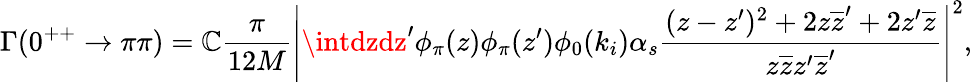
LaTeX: \Gamma(0^{++}\rightarrow\pi\pi)=\mathbb{C}\frac{{\pi}}{{12M}}\left|\intdzdz^{\prime}\phi_{\pi}(z)\phi_{\pi}(z^{\prime})\phi_{0}(k_{i})\alpha_{s}\frac{{(z-z^{\prime})^{2}+2z\overline{{{{z}}}}^{\prime}+2z^{\prime}\overline{{{{z}}}}}}{{z\overline{{{{z}}}}z^{\prime}\overline{{{{z}}}}^{\prime}}}\right|^{2},